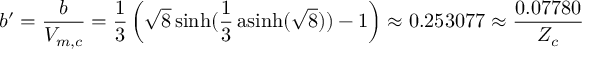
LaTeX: b ^ { \prime } = { \frac { b } { V _ { m , c } } } = { \frac { 1 } { 3 } } \left( { \sqrt { 8 } } \sinh ( { \frac { 1 } { 3 } } \operatorname { a s i n h } ( { \sqrt { 8 } } ) ) - 1 \right) \approx 0 . 2 5 3 0 7 7 \approx { \frac { 0 . 0 7 7 8 0 } { Z _ { c } } }